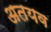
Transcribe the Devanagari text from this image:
अतयव